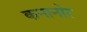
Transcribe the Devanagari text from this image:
कनानोर